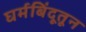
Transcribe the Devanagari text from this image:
घर्मबिंदूतून